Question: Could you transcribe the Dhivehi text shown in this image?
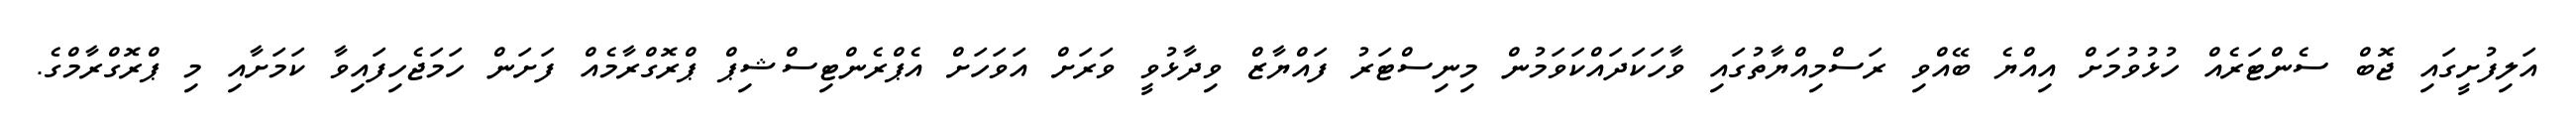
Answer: އަލިފުށީގައި ޖޮބް ސެންޓަރެއް ހުޅުވުމަށް އިއްޔެ ބޭއްވި ރަސްމިއްޔާތުގައި ވާހަކަދައްކަވަމުން މިނިސްޓަރު ފައްޔާޒް ވިދާޅުވީ ވަރަށް އަވަހަށް އެޕްރެންޓިސްޝިޕް ޕްރޮގްރާމެއް ފަށަން ހަމަޖެހިފައިވާ ކަމަށާއި މި ޕްރޮގްރާމްގެ.